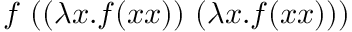
f \ ( ( \lambda x . f ( x x ) ) \ ( \lambda x . f ( x x ) ) )